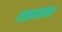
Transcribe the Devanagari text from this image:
वळनावर